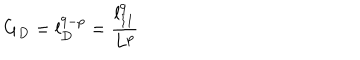
LaTeX: G _ { D } = l _ { D } ^ { 9 - p } = \frac { l _ { 1 1 } ^ { 9 } } { L ^ { p } }